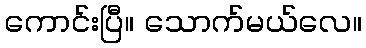
ကောင်းပြီ။ သောက်မယ်လေ။